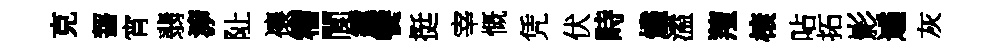
克齧宵翡㴑阯禳籕閬鐘饗挺宰慨凭伏畤燼溘羶榱呫拓影遹灰